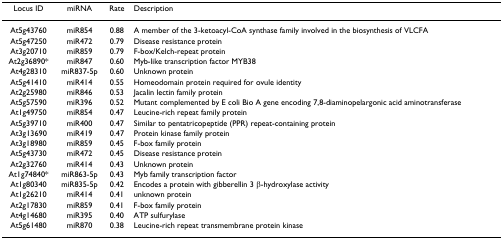
<table><thead><tr><td><b>Locus ID</b></td><td><b>miRNA</b></td><td><b>Rate</b></td><td><b>Description</b></td></tr></thead><tbody><tr><td>At5g43760</td><td>miR854</td><td>0.88</td><td>A member of the 3-ketoacyl-CoA synthase family involved in the biosynthesis of VLCFA</td></tr><tr><td>At5g47250</td><td>miR472</td><td>0.79</td><td>Disease resistance protein</td></tr><tr><td>At3g20710</td><td>miR859</td><td>0.79</td><td>F-box/Kelch-repeat protein</td></tr><tr><td>At2g36890*</td><td>miR847</td><td>0.60</td><td>Myb-like transcription factor MYB38</td></tr><tr><td>At4g28310</td><td>miR837-5p</td><td>0.60</td><td>Unknown protein</td></tr><tr><td>At5g41410</td><td>miR414</td><td>0.55</td><td>Homeodomain protein required for ovule identity</td></tr><tr><td>At2g25980</td><td>miR846</td><td>0.53</td><td>Jacalin lectin family protein</td></tr><tr><td>At5g57590</td><td>miR396</td><td>0.52</td><td>Mutant complemented by E coli Bio A gene encoding 7,8-diaminopelargonic acid aminotransferase</td></tr><tr><td>At1g49750</td><td>miR854</td><td>0.47</td><td>Leucine-rich repeat family protein</td></tr><tr><td>At5g39710</td><td>miR400</td><td>0.47</td><td>Similar to pentatricopeptide (PPR) repeat-containing protein</td></tr><tr><td>At3g13690</td><td>miR419</td><td>0.47</td><td>Protein kinase family protein</td></tr><tr><td>At3g18980</td><td>miR859</td><td>0.45</td><td>F-box family protein</td></tr><tr><td>At5g43730</td><td>miR472</td><td>0.45</td><td>Disease resistance protein</td></tr><tr><td>At2g32760</td><td>miR414</td><td>0.43</td><td>Unknown protein</td></tr><tr><td>At1g74840*</td><td>miR863-5p</td><td>0.43</td><td>Myb family transcription factor</td></tr><tr><td>At1g80340</td><td>miR835-5p</td><td>0.42</td><td>Encodes a protein with gibberellin 3 β-hydroxylase activity</td></tr><tr><td>At1g26210</td><td>miR414</td><td>0.41</td><td>unknown protein</td></tr><tr><td>At2g17830</td><td>miR859</td><td>0.41</td><td>F-box family protein</td></tr><tr><td>At4g14680</td><td>miR395</td><td>0.40</td><td>ATP sulfurylase</td></tr><tr><td>At5g61480</td><td>miR870</td><td>0.38</td><td>Leucine-rich repeat transmembrane protein kinase</td></tr></tbody></table>